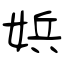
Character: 娦